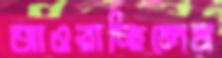
আওরাচ্ছিলেম